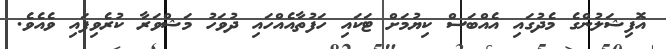
އޮފިޝަލުންގެ މެދުގައި އެއްބަސް ކިޔުމަށް ޓަކައި ހަފުތާއެއްހައި ދުވަހު މަޝްވަރާ ކުރެވިފައި ވެއެވެ.